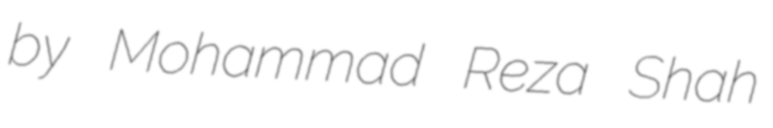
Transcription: by Mohammad Reza Shah